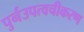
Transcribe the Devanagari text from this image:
पुर्नउपत्वचीकरण